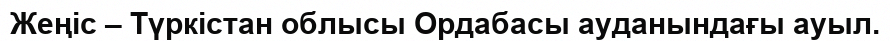
Жеңіс – Түркістан облысы Ордабасы ауданындағы ауыл.